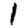
Digit: 1